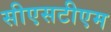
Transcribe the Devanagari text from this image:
सीएसटीएम